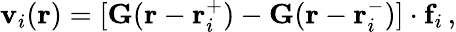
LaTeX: \mathbf{v}_{i}(\mathbf{r})=[\mathbf{G}(\mathbf{r}-\mathbf{r}_{i}^{+})-\mathbf{G}(\mathbf{r}-\mathbf{r}_{i}^{-})]\cdot\mathbf{f}_{i}\, ,